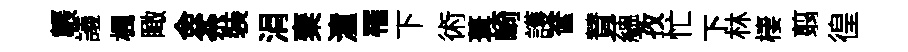
韔議楓瞰僉荼裝涓棄潼罹下術葺崎護奩賛蘊孜忙下林棲翦徨